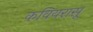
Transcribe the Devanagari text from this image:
कवियरासू